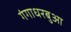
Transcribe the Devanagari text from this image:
गंगाधरबुआ